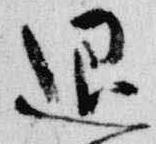
退